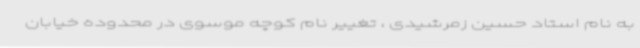
به نام استاد حسین زمرشیدی ، تغییر نام کوچه موسوی در محدوده خیابان